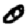
Digit: 0